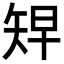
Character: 𥏅